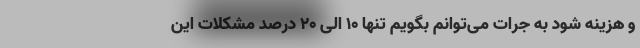
و هزینه شود به جرات می‌توانم بگویم تنها ۱۰ الی ۲۰ درصد مشکلات این